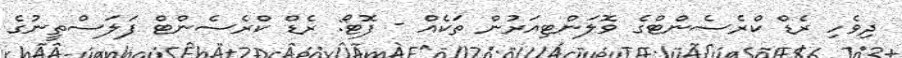
ދިވެހި ރެޑް ކްރެސެންޓްގެ ވޮލަންޓިއަރުން ތަކެއް - ފޮޓޯ: ރެޑް ކްރެސެންޓް ފަލަސްތީނުގެ